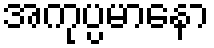
အကုပ္ပမာနော